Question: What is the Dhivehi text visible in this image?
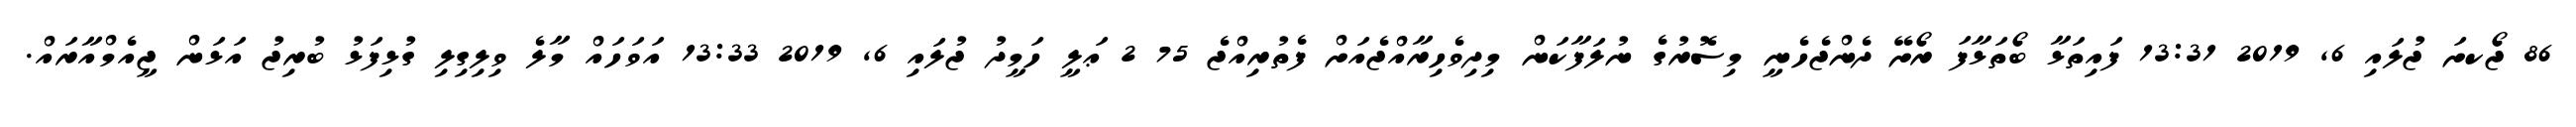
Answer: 86 ޖޯކށަ ޖުލައި 6, 2019 13:31 ފައިތަޅާ ބޯތަޅާފަ ރޯށޭ ދެންޖެހެނީ މިސޮރުގެ ނުލަފާކަން މިދިވެހިރާއްޖެއަށް ފެތުރިއްޖެ 75 2 ޢަލީ ހަމީދު ޖުލައި 6, 2019 13:33 އަވަހައް މާލެ ވިލިގިލި ގުޅިފަޅު ބުރިޖު އަޅަން ޖީއެމްއާރައް.